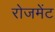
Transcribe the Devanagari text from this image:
रोजमेंट